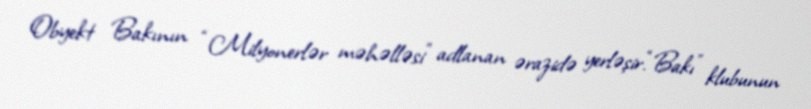
Obyekt Bakının “Milyonerlər məhəlləsi” adlanan ərazidə yerləşir.“Bakı” klubunun